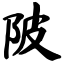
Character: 陂